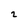
Character: 2